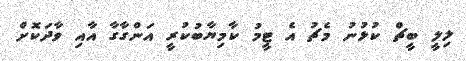
ލިލީ ބީޗް ކުޅުނު މެޗު އެ ޓީމު ކާމިޔާބުކުރީ އަންގާގާ އާއި ވާދަކޮށް